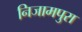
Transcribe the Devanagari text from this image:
निजामपुरा